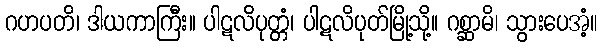
ဂဟပတိ၊ ဒါယကာကြီး။ ပါဋလိပုတ္တံ၊ ပါဋလိပုတ်မြို့သို့။ ဂစ္ဆာမိ၊ သွားပေအံ့။